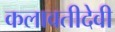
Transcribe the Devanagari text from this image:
कलावतीदेवी